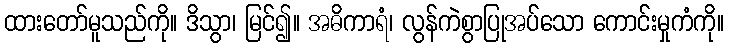
ထားတော်မူသည်ကို။ ဒိသွာ၊ မြင်၍။ အဓိကာရံ၊ လွန်ကဲစွာပြုအပ်သော ကောင်းမှုကံကို။